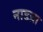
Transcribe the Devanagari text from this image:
नाडय़ा